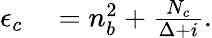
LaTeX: \begin{array}{rl}{\epsilon_{c}}&{{}=n_{b}^{2}+\frac{N_{c}}{\Delta+i}.}\end{array}